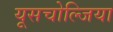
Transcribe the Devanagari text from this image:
यूसचोल्जिया